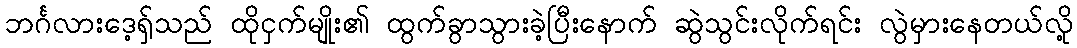
ဘင်္ဂလားဒေ့ရ်ှသည် ထိုငှက်မျိုး၏ ထွက်ခွာသွားခဲ့ပြီးနောက် ဆွဲသွင်းလိုက်ရင်း လွဲမှားနေတယ်လို့